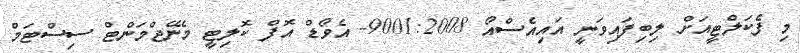
މި ފެކަލްޓީއަށް ލިބިފައިވަނީ އައިއެސްއޯ 9001:2008- އެވޯޑް އޮފް ކޮލިޓީ މެނޭޖްމަންޓް ސިސްޓަމް